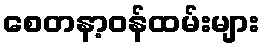
စေတနာ့ဝန်ထမ်းများ